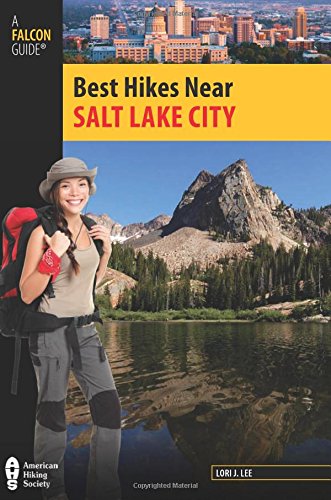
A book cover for Best Hikes Near Salt Lake City (Best Hikes Near Series); Lori Lee; Travel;